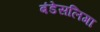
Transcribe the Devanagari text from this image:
बंडेसलिगा